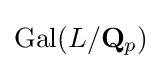
{\text{Gal}}(L/\mathbf {Q} _{p})